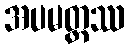
အပမတ္တဿ